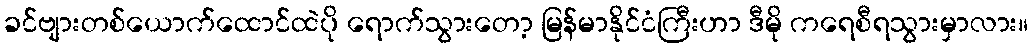
ခင်ဗျားတစ်ယောက်ထောင်ထဲပို ရောက်သွားတော့ မြန်မာနိုင်ငံကြီးဟာ ဒီမို ကရေစီရသွားမှာလား။